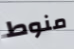
منوط